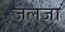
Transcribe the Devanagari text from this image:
जलजा